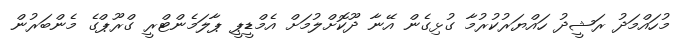
މުހައްމަދު ރަޝީދު ހައްޔަރުކުރުމާ ގުޅިގެން އޭނާ ދޫކޮށްލުމަށް އެމްޑީޕީ ޕާލަމެންޓްރީ ގްރޫޕްގެ މެންބަރުން